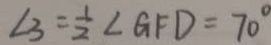
\angle 3 = \frac { 1 } { 2 } \angle G F D = 7 0 ^ { \circ }